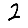
Digit: 2